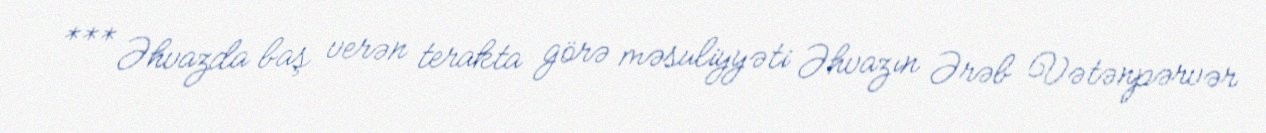
*** Əhvazda baş verən terakta görə məsuliyyəti Əhvazın Ərəb Vətənpərvər